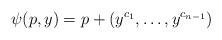
LaTeX: \begin{align*}\psi (p,y) = p + ( y^{c_1}, \ldots , y^{c_{n-1}}) \end{align*}